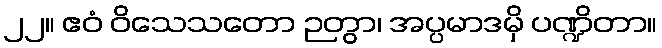
၂၂။ ဧဝံ ဝိသေသတော ဉတွာ၊ အပ္ပမာဒမှိ ပဏ္ဍိတာ။